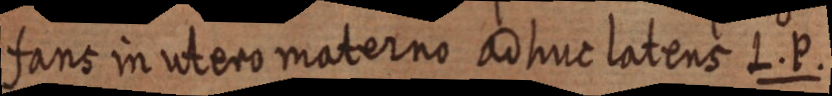
fans in utero materno ad huc latens L. P.